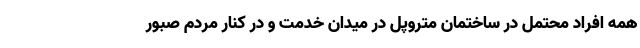
همه افراد محتمل در ساختمان متروپل در میدان خدمت و در کنار مردم صبور